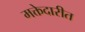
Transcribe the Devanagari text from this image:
मक्तेदारीत